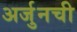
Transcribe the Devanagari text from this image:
अर्जुनची